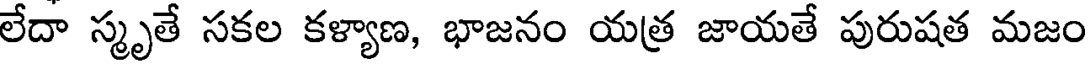
లేదా స్మృతే సకల కళ్యాణ, భాజనం యత్ర జాయతే పురుషత మజం